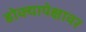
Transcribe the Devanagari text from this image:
डोक्यापेक्षावर